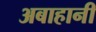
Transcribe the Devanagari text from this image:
अबाहानी